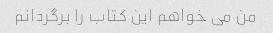
من می خواهم این کتاب را برگردانم